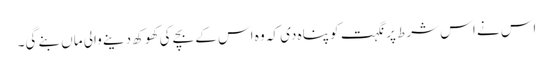
اس نے اس شرط پر نگہت کو پناہ دی کہ وہ اس کے بچے کی کھوکھ دینے والی ماں بنے گی۔